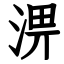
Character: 淠